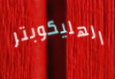
الهليكوبتر